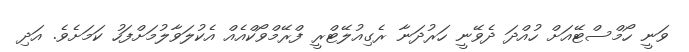
ވަނީ ހޯމްސްޓޭއަށް ހުއްދަ ދެވޭނީ ހަރުދަނާ ރެގިއުލޭޓްރީ ފްރޭމްވޯކްއެއް އެކުލަވާލުމަށްފަހު ކަމަށެވެ. އަދި